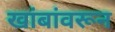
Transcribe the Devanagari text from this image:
खांबांवरून